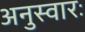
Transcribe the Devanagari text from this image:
अनुस्वारः